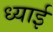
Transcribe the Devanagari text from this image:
ध्याई